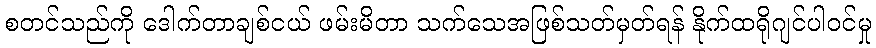
စတင်သည်ကို ဒေါက်တာချစ်ငယ် ဖမ်းမိတာ သက်သေအဖြစ်သတ်မှတ်ရန် နိုက်ထရိုဂျင်ပါဝင်မှု